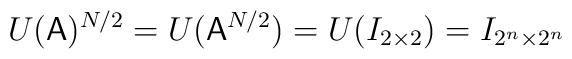
U({\sf A})^{N/2}=U({\sf A}^{N/2})=U(I_{2\times 2})=I_{2^n\times 2^n}